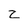
Character: z